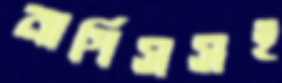
নার্গিসসহ